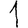
Digit: 1